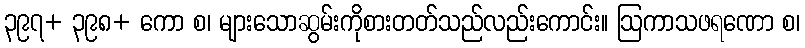
၃၉၇+ ၃၉၈+ ကော စ၊ များသောဆွမ်းကိုစားတတ်သည်လည်းကောင်း။ ဩကာသဖရဏော စ၊